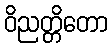
ဝိညတ္တိတော